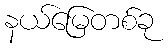
နယ်မြေတစ်ခု